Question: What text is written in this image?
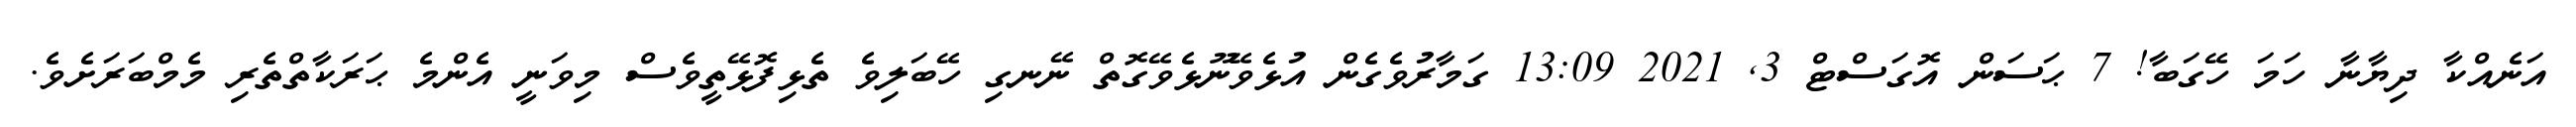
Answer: އަނެއްކާ ދިޔާނާ ހަމަ ހޭގަބާ! 7 ޙަސަން އޮގަސްޓް 3, 2021 13:09 ގަމާރުވެގެން އުޅެވޭނޫޅެވޭގޮތް ނޭނގި ހޭބަލިވެ ތެޅިފޮޅޭތީވެސް މިވަނީ އެންމެ ޙަރަކާތްތެރި މެމްބަރަށެވެ.